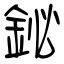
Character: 鉍